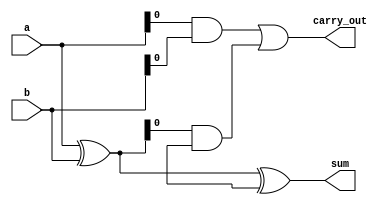
module carry_lookahead_adder(
    input [7:0] a,
    input [7:0] b,
    output [7:0] sum,
    output carry_out
);

wire [7:0] p, g;

assign p = a ^ b;
assign g = a & b;

assign sum = p ^ carry_in;
assign carry_out = g | (p & carry_in);

endmodule